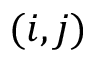
( i , j )